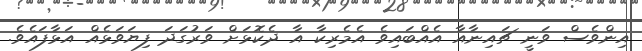
އިންވެސް ވަނީ ޗައިނާއާ އެއްބައިވެ އެމެރިކާ އާ ދެކޮޅަށް ވަރުގަދަ ފިޔަވަޅެއް އަޅާފައެވެ.